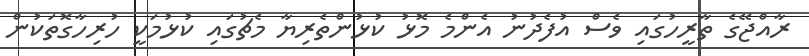
ރާއްޖޭގެ ތާރީހުގައި ވެސް އުފެދުނު އެންމެ މޮޅު ކުޅުންތެރިޔާ މެޗުގައި ކުޅުމަކީ ހުރިހާގޮތަކުން